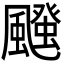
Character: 𮨱